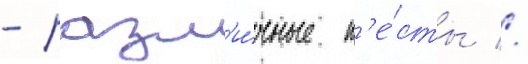
- разл'и́чные т'е́сты //